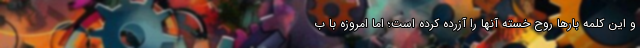
و این کلمه بارها روح خسته آنها را آزرده کرده است؛ اما امروزه با ب